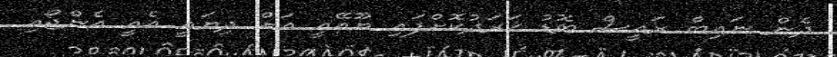
ދެން ނައިބް ރައީސް ބޮޑު ޚަރަދުކޮށްފައި ޔޫއޭއީ އަށް ދިޔައީ އެއީ އެންޖޯއި